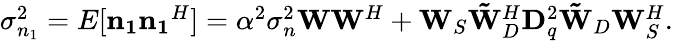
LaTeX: \begin{array}{r}{{\sigma_{n_{1}}^{2}}=E[{\mathbf{n_{1}}}{\mathbf{n_{1}}}^{H}]=\alpha^{2}\sigma_{n}^{2}\mathbf{W}\mathbf{W}^{H}+\mathbf{W}_{S}\mathbf{\tilde{W}}_{D}^{H}\mathbf{D}_{q}^{2}\mathbf{\tilde{W}}_{D}\mathbf{W}_{S}^{H}.}\end{array}